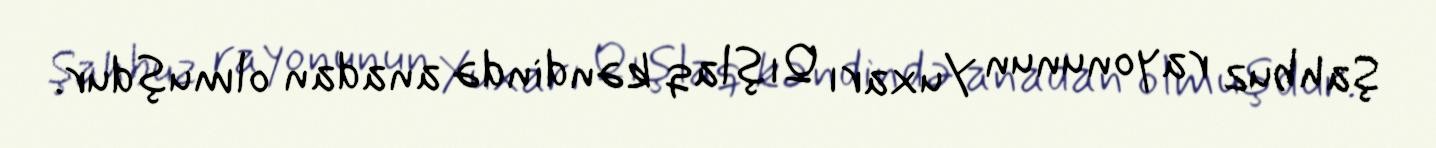
Şahbuz rayonunun Yuxarı Qışlaq kəndində anadan olmuşdur.